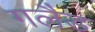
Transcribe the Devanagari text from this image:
गलैङ